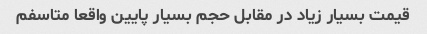
قیمت بسیار زیاد در مقابل حجم بسیار پایین واقعا متاسفم